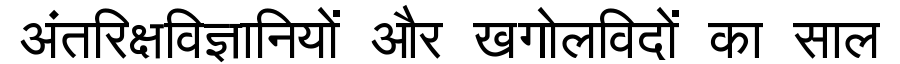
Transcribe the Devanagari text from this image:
अंतरिक्षविज्ञानियों और खगोलविदों का साल